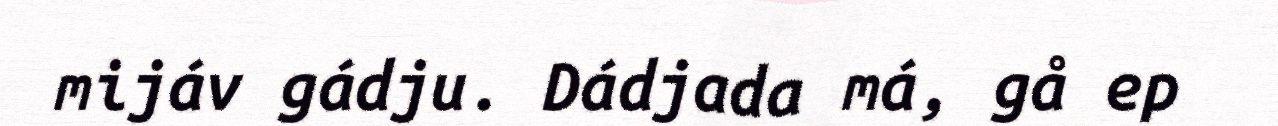
mijáv gádju. Dádjada má, gå ep